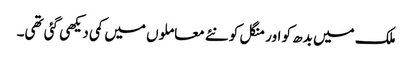
ملک میں بدھ کو اور منگل کو نئے معاملوں میں کمی دیکھی گئی تھی۔